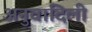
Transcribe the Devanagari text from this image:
अनुवादिली